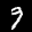
Label: 9